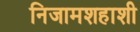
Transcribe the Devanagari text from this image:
निजामशहाशी